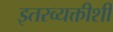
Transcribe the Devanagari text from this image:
इतरव्यक्तीशी